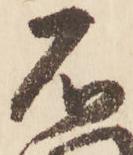
石